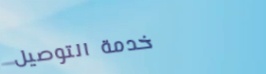
خدمة التوصيل